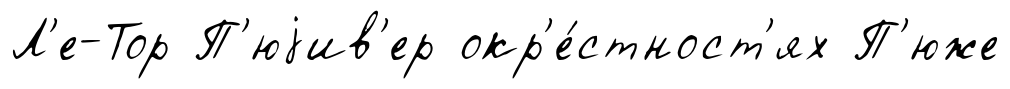
Л'е-Тор П'юjив'ер окр'е́стност'ях П'юже